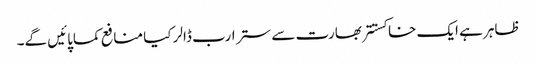
ظاہر ہے ایک خاکستتر بھارت سے ستر ارب ڈالر کیا منافع کماپائیں گے۔